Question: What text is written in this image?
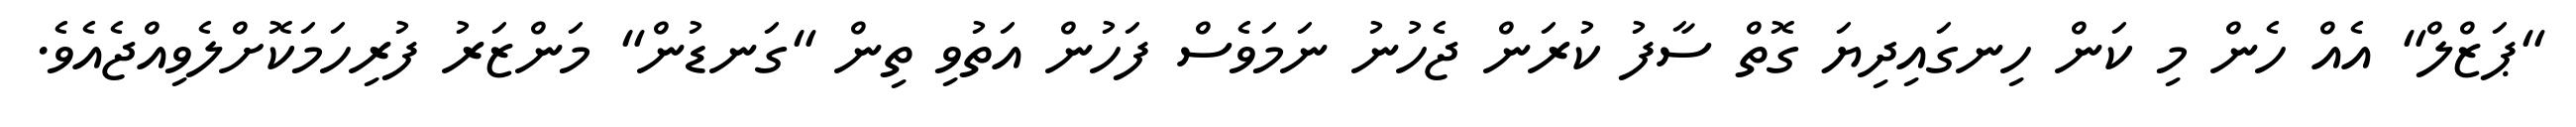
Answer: "ޕަޒްލް" އެއް ހެން މި ކަން ހިނގައިދިޔަ ގޮތް ސާފު ކުރަން ޖެހުނު ނަމަވެސް ފަހުން އަތުވި ތިން "ގަނޑުން" މަންޒަރު ފުރިހަމަކޮށްލެވިއްޖެއެވެ.